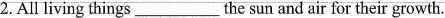
2.All living things___the sun and air for their growth.